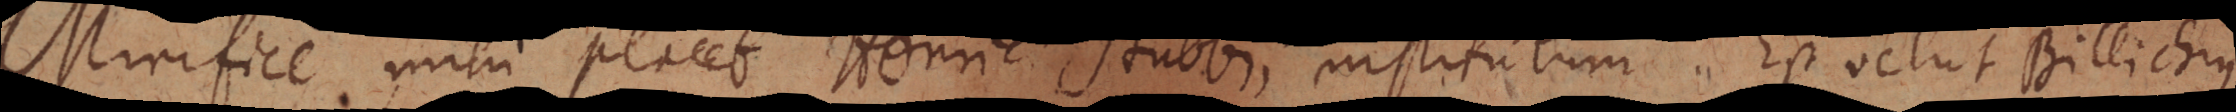
Mirifice mihi placet Henrici Stubbii institutum. Est velut Billichius